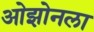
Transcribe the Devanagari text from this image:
ओझोनला